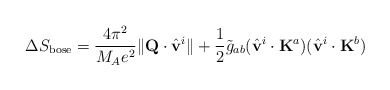
\begin{align*}\Delta S_{\rm bose}= \frac{4\pi^2}{M_Ae^2}\|{\bf Q}\cdot\hat{\bf v}^i\| + \frac{1}{2}\tilde{g}_{ab}(\hat{\bf v}^i\cdot{\bf K}^a)(\hat{\bf v}^i\cdot{\bf K}^b)\end{align*}